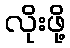
လိုးဖို့